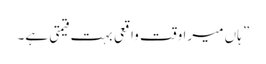
” ہاں میرا وقت واقعی بہت قیمتی ہے۔